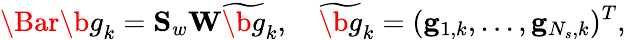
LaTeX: \Bar{\b{g}}_{k}=\mathbf{S}_{w}\mathbf{W}\widetilde{\b{g}}_{k},\quad\widetilde{\b{g}}_{k}=(\mathbf{g}_{1,k},\dots,\mathbf{g}_{N_{s},k})^{T},